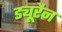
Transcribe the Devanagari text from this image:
ड्यूरैन